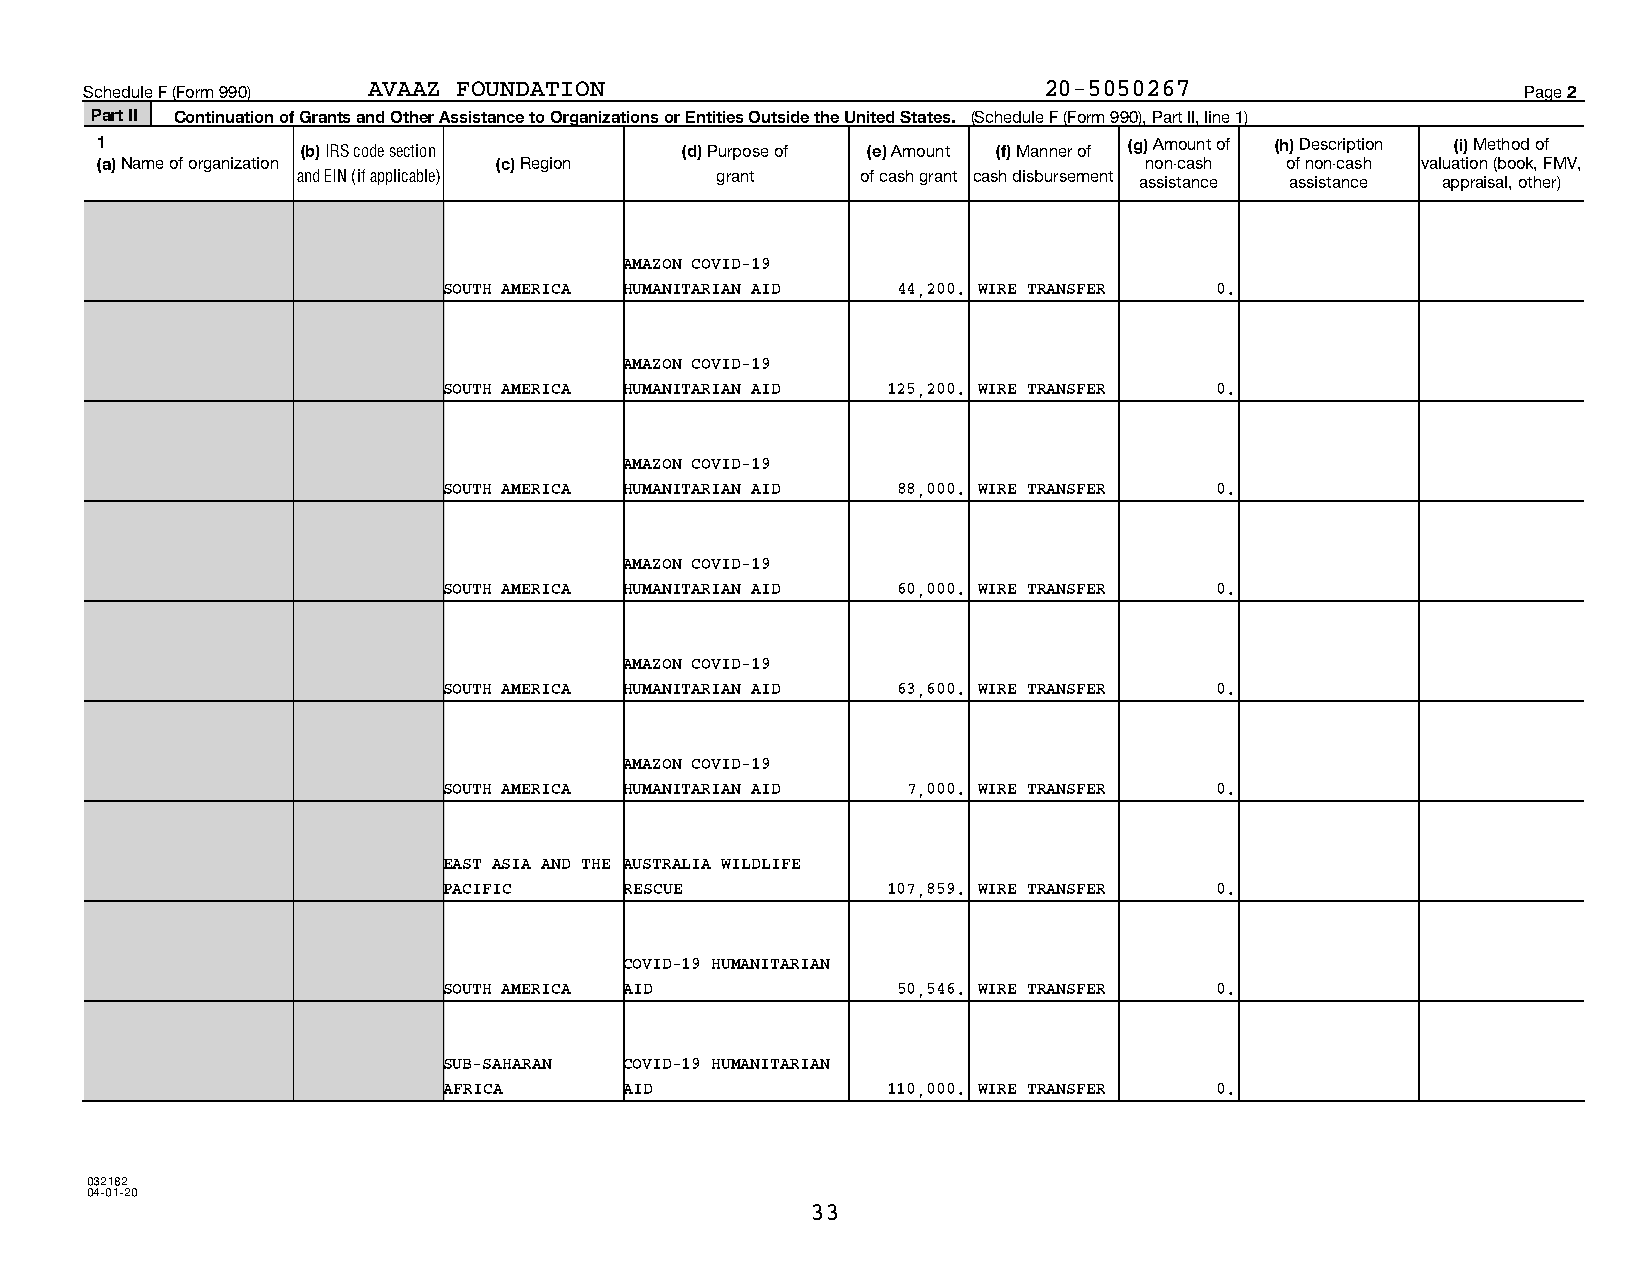
Schedule F (Form 990) AVAAZ FOUNDATION                         20-5050267                      Page 2
 Part II Continuation of Grants and Other Assistance to Organizations or Entities Outside the United States. (Schedule F (Form 990), Part II, line 1)
 1             (b) IRS code section     (d) Purpose of (e) Amount (f) Manner of (g) Amount of (h) Description (i) Method of
 (a) Name of organization   (c) Region                                 non-cash of non-cash valuation (book, FMV,
 and EIN (if applicable)    grant     of cash grant cash disbursement assistance assistance appraisal, other)
 AMAZON COVID-19
 SOUTH AMERICA HUMANITARIAN AID 44,200. WIRE TRANSFER 0.
 AMAZON COVID-19
 SOUTH AMERICA HUMANITARIAN AID 125,200. WIRE TRANSFER 0.
 AMAZON COVID-19
 SOUTH AMERICA HUMANITARIAN AID 88,000. WIRE TRANSFER 0.
 AMAZON COVID-19
 SOUTH AMERICA HUMANITARIAN AID 60,000. WIRE TRANSFER 0.
 AMAZON COVID-19
 SOUTH AMERICA HUMANITARIAN AID 63,600. WIRE TRANSFER 0.
 AMAZON COVID-19
 SOUTH AMERICA HUMANITARIAN AID 7,000. WIRE TRANSFER 0.
 EAST ASIA AND THE AUSTRALIA WILDLIFE
 PACIFIC     RESCUE            107,859. WIRE TRANSFER 0.
 COVID-19 HUMANITARIAN
 SOUTH AMERICA AID             50,546. WIRE TRANSFER 0.
 SUB-SAHARAN COVID-19 HUMANITARIAN
 AFRICA      AID               110,000. WIRE TRANSFER 0.
 032182
 04-01-20
 33